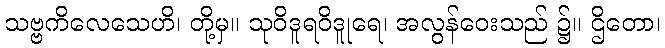
သဗ္ဗကိလေသေဟိ၊ တို့မှ။ သုဝိဒူရဝိဒူုရေ၊ အလွန်ဝေးသည် ၌။ ဌိတော၊